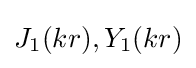
J_{1}(kr),Y_{1}(kr)